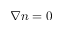
\nabla n = 0